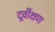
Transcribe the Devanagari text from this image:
दूर्वीक्षण